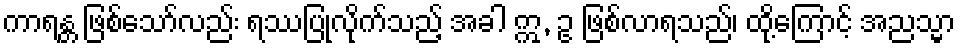
ကာရန္တ ဖြစ်သော်လည်း ရဿပြုလိုက်သည့် အခါ ဣ, ဥ ဖြစ်လာရသည်၊ ထို့ကြောင့် အညသ္မာ